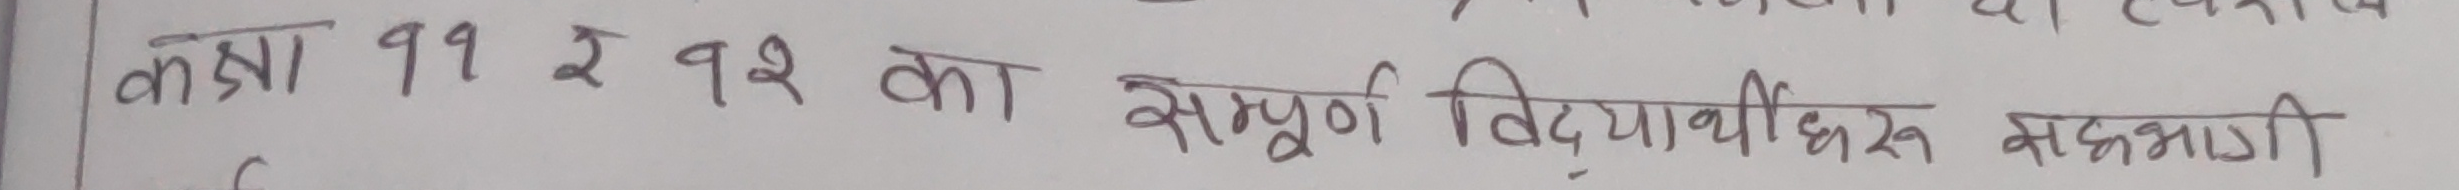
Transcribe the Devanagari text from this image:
कक्षा ११ र १२ का सम्पूर्ण विद्यार्थीहरू सहभागी